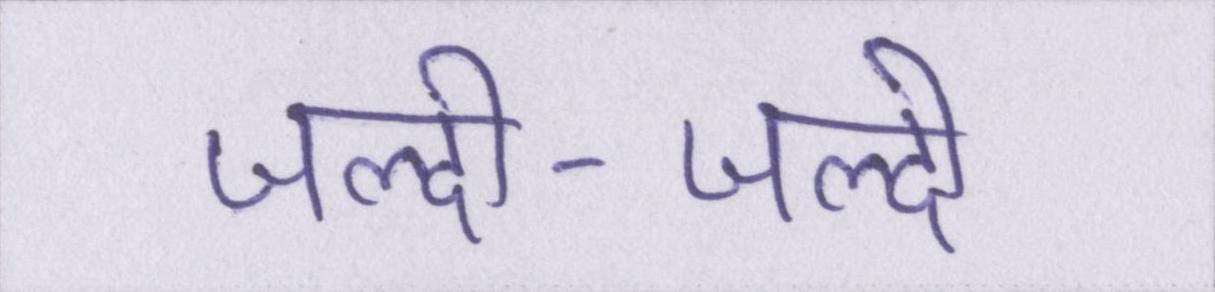
जल्दी-जल्दी